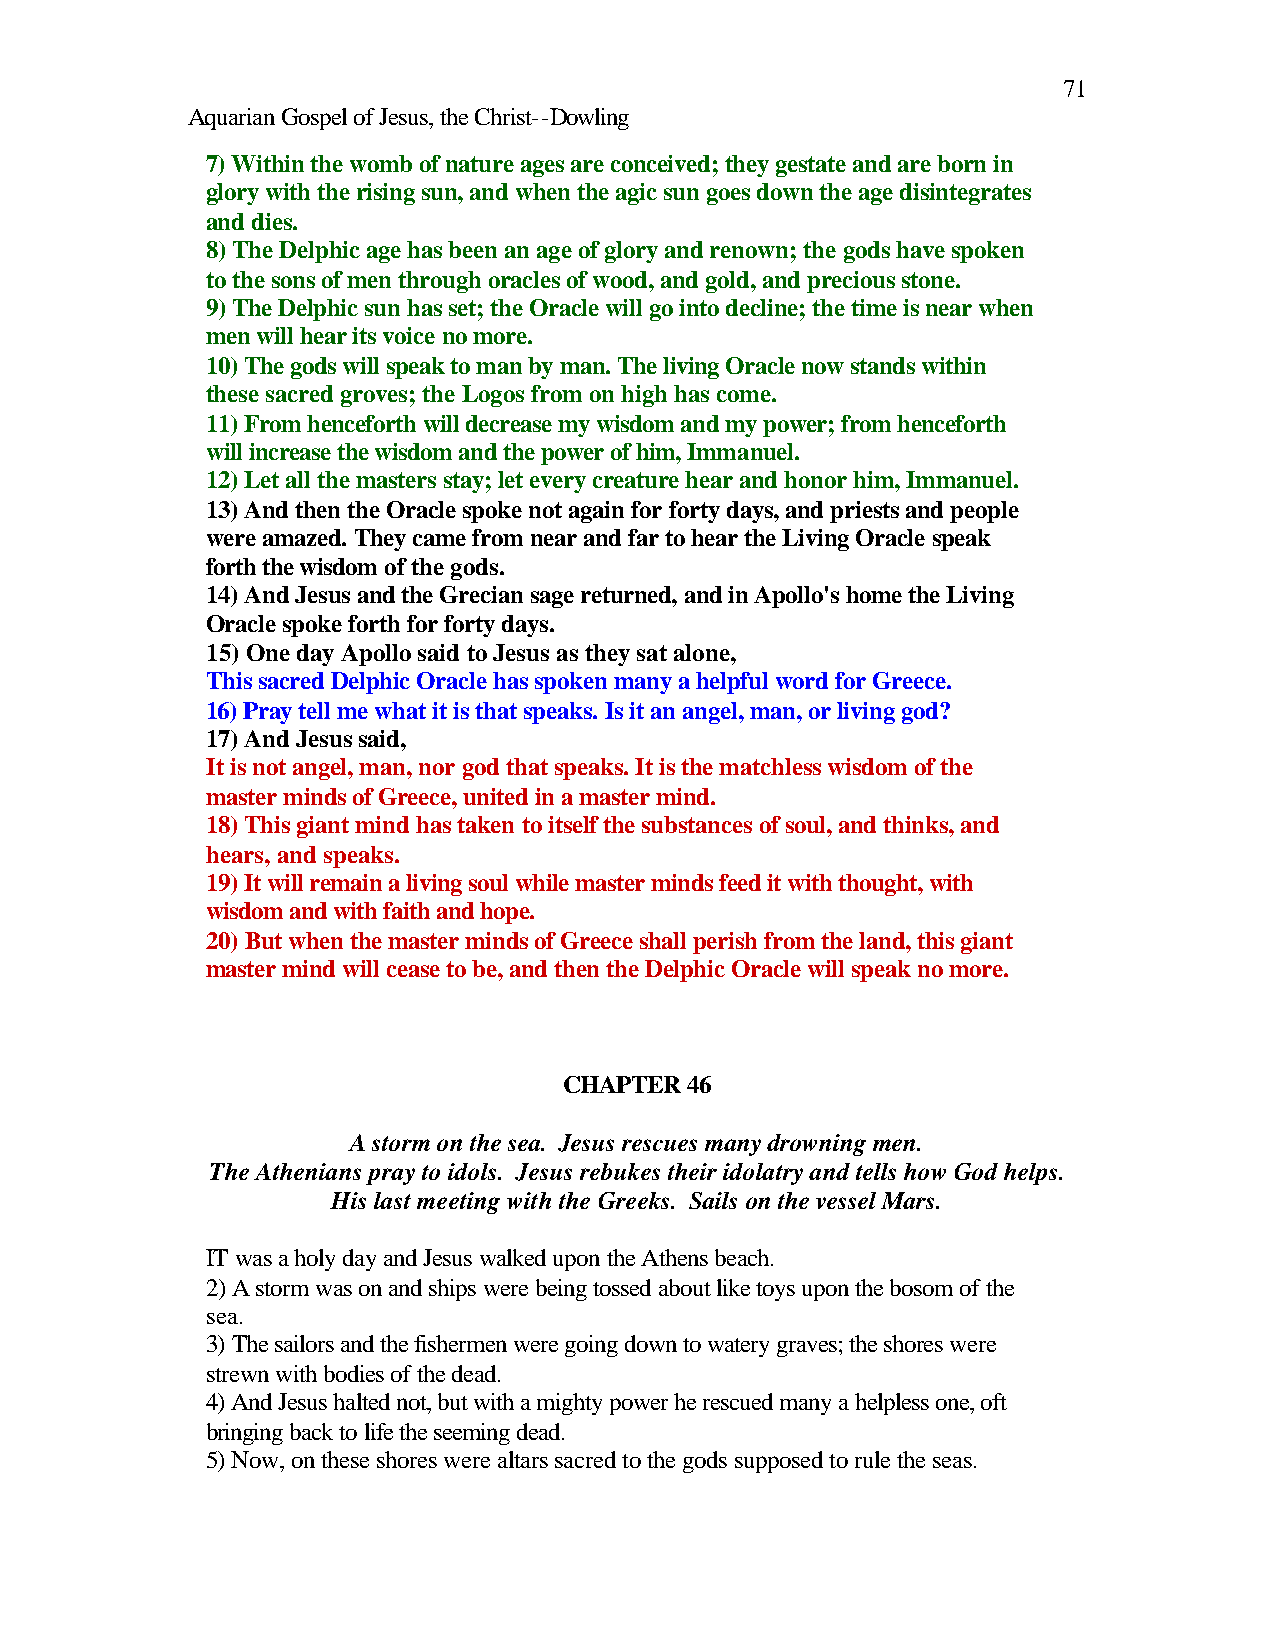
71
 Aquarian Gospel of Jesus, the Christ--Dowling
 7) Within the womb of nature ages are conceived; they gestate and are born in
 glory with the rising sun, and when the agic sun goes down the age disintegrates
 and dies.
 8) The Delphic age has been an age of glory and renown; the gods have spoken
 to the sons of men through oracles of wood, and gold, and precious stone.
 9) The Delphic sun has set; the Oracle will go into decline; the time is near when
 men will hear its voice no more.
 10) The gods will speak to man by man. The living Oracle now stands within
 these sacred groves; the Logos from on high has come.
 11) From henceforth will decrease my wisdom and my power; from henceforth
 will increase the wisdom and the power of him, Immanuel.
 12) Let all the masters stay; let every creature hear and honor him, Immanuel.
 13) And then the Oracle spoke not again for forty days, and priests and people
 were amazed. They came from near and far to hear the Living Oracle speak
 forth the wisdom of the gods.
 14) And Jesus and the Grecian sage returned, and in Apollo's home the Living
 Oracle spoke forth for forty days.
 15) One day Apollo said to Jesus as they sat alone,
 This sacred Delphic Oracle has spoken many a helpful word for Greece.
 16) Pray tell me what it is that speaks. Is it an angel, man, or living god?
 17) And Jesus said,
 It is not angel, man, nor god that speaks. It is the matchless wisdom of the
 master minds of Greece, united in a master mind.
 18) This giant mind has taken to itself the substances of soul, and thinks, and
 hears, and speaks.
 19) It will remain a living soul while master minds feed it with thought, with
 wisdom and with faith and hope.
 20) But when the master minds of Greece shall perish from the land, this giant
 master mind will cease to be, and then the Delphic Oracle will speak no more.
 CHAPTER 46
 A storm on the sea. Jesus rescues many drowning men.
 The Athenians pray to idols. Jesus rebukes their idolatry and tells how God helps.
 His last meeting with the Greeks. Sails on the vessel Mars.
 IT was a holy day and Jesus walked upon the Athens beach.
 2) A storm was on and ships were being tossed about like toys upon the bosom of the
 sea.
 3) The sailors and the fishermen were going down to watery graves; the shores were
 strewn with bodies of the dead.
 4) And Jesus halted not, but with a mighty power he rescued many a helpless one, oft
 bringing back to life the seeming dead.
 5) Now, on these shores were altars sacred to the gods supposed to rule the seas.